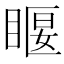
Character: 𥈔